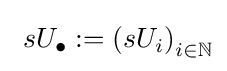
\ sU_{\bullet }:=\left(sU_{i}\right)_{i\in \mathbb {N} }